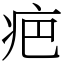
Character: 疤